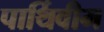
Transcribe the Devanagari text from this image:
पार्थिवीम